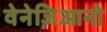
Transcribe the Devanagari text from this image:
वेनेज़िआनो